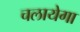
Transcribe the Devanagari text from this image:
चलायेगा